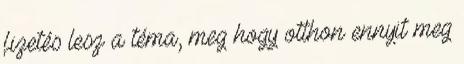
fizetés lesz a téma, meg hogy otthon ennyit meg